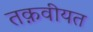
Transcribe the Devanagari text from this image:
तक़वीयत